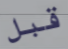
قبل